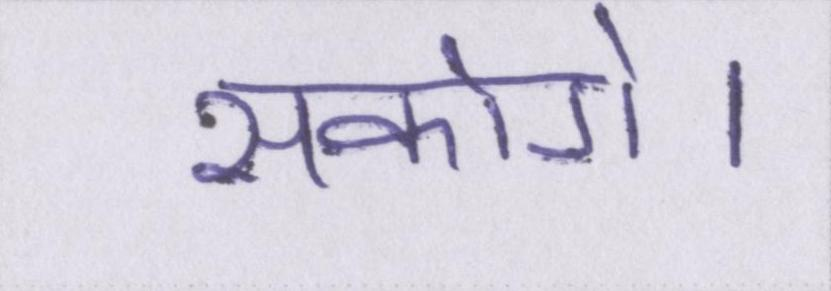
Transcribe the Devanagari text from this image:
सकोगे।